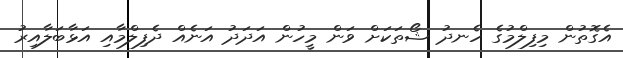
އެގޮތުން މިފިލްމުގެ ހެނދުު ޝޯތަކަށް ވަން މީހުން އަދަދު އަނެއް ދެފިލްމާއި އަޅާބަލާއިރު